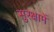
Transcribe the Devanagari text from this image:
सुरक्षामें